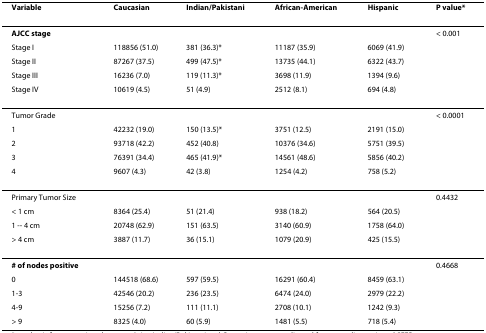
<table><thead><tr><td><b>Variable</b></td><td><b>Caucasian</b></td><td><b>Indian/Pakistani</b></td><td><b>African-American</b></td><td><b>Hispanic</b></td><td><b>P value*</b></td></tr></thead><tbody><tr><td><b>AJCC stage</b></td><td>[EMPTY_CELL]</td><td>[EMPTY_CELL]</td><td>[EMPTY_CELL]</td><td>[EMPTY_CELL]</td><td>&lt; 0.001</td></tr><tr><td>Stage I</td><td>118856 (51.0)</td><td>381 (36.3)*</td><td>11187 (35.9)</td><td>6069 (41.9)</td><td>[EMPTY_CELL]</td></tr><tr><td>Stage II</td><td>87267 (37.5)</td><td>499 (47.5)*</td><td>13735 (44.1)</td><td>6322 (43.7)</td><td>[EMPTY_CELL]</td></tr><tr><td>Stage III</td><td>16236 (7.0)</td><td>119 (11.3)*</td><td>3698 (11.9)</td><td>1394 (9.6)</td><td>[EMPTY_CELL]</td></tr><tr><td>Stage IV</td><td>10619 (4.5)</td><td>51 (4.9)</td><td>2512 (8.1)</td><td>694 (4.8)</td><td>[EMPTY_CELL]</td></tr><tr><td>Tumor Grade</td><td>[EMPTY_CELL]</td><td>[EMPTY_CELL]</td><td>[EMPTY_CELL]</td><td>[EMPTY_CELL]</td><td>&lt; 0.0001</td></tr><tr><td>1</td><td>42232 (19.0)</td><td>150 (13.5)*</td><td>3751 (12.5)</td><td>2191 (15.0)</td><td>[EMPTY_CELL]</td></tr><tr><td>2</td><td>93718 (42.2)</td><td>452 (40.8)</td><td>10376 (34.6)</td><td>5751 (39.5)</td><td>[EMPTY_CELL]</td></tr><tr><td>3</td><td>76391 (34.4)</td><td>465 (41.9)*</td><td>14561 (48.6)</td><td>5856 (40.2)</td><td>[EMPTY_CELL]</td></tr><tr><td>4</td><td>9607 (4.3)</td><td>42 (3.8)</td><td>1254 (4.2)</td><td>758 (5.2)</td><td>[EMPTY_CELL]</td></tr><tr><td>Primary Tumor Size</td><td>[EMPTY_CELL]</td><td>[EMPTY_CELL]</td><td>[EMPTY_CELL]</td><td>[EMPTY_CELL]</td><td>0.4432</td></tr><tr><td>&lt; 1 cm</td><td>8364 (25.4)</td><td>51 (21.4)</td><td>938 (18.2)</td><td>564 (20.5)</td><td>[EMPTY_CELL]</td></tr><tr><td>1 -- 4 cm</td><td>20748 (62.9)</td><td>151 (63.5)</td><td>3140 (60.9)</td><td>1758 (64.0)</td><td>[EMPTY_CELL]</td></tr><tr><td>&gt; 4 cm</td><td>3887 (11.7)</td><td>36 (15.1)</td><td>1079 (20.9)</td><td>425 (15.5)</td><td>[EMPTY_CELL]</td></tr><tr><td><b># of nodes positive</b></td><td>[EMPTY_CELL]</td><td>[EMPTY_CELL]</td><td>[EMPTY_CELL]</td><td>[EMPTY_CELL]</td><td>0.4668</td></tr><tr><td>0</td><td>144518 (68.6)</td><td>597 (59.5)</td><td>16291 (60.4)</td><td>8459 (63.1)</td><td>[EMPTY_CELL]</td></tr><tr><td>1-3</td><td>42546 (20.2)</td><td>236 (23.5)</td><td>6474 (24.0)</td><td>2979 (22.2)</td><td>[EMPTY_CELL]</td></tr><tr><td>4-9</td><td>15256 (7.2)</td><td>111 (11.1)</td><td>2708 (10.1)</td><td>1242 (9.3)</td><td>[EMPTY_CELL]</td></tr><tr><td>&gt; 9</td><td>8325 (4.0)</td><td>60 (5.9)</td><td>1481 (5.5)</td><td>718 (5.4)</td><td>[EMPTY_CELL]</td></tr></tbody></table>